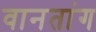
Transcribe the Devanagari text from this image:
वानतांग